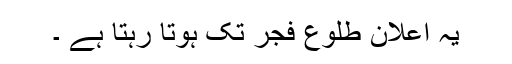
یہ اعلان طلوعِ فجر تک ہوتا رہتا ہے ۔